Vaccination Hyderabad 1872-1889 - 1872-1889
Year: 1872
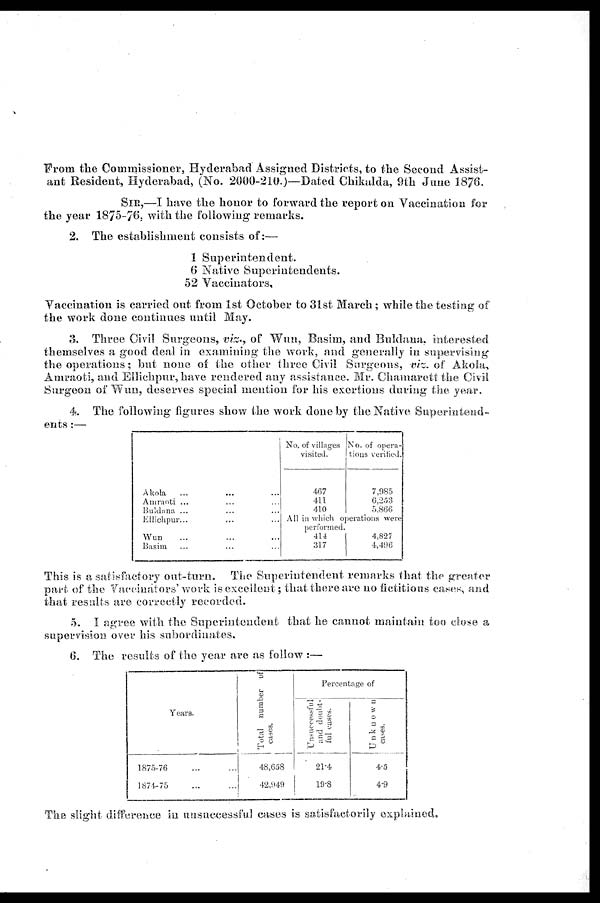
From the Commissioner, Hyderabad Assigned Districts, to the Second Assist-
ant Resident, Hyderabad, (No. 2000-210.)—Dated Chikalda, 9th June 1876.
SIR,—I have the honor to forward the report on Vaccination for
the year 1875-76, with the following remarks.
2. The establishment consists of:—
1 Superintendent.
6 Native Superintendents.
52 Vaccinators,
Vaccination is carried out from 1st October to 31st March; while the testing of
the work done continues until May.
3. Three Civil Surgeons, viz., of Wun, Basim, and Buldana, interested
themselves a good deal in examining the work, and generally in supervising
the operations; but none of the other three Civil Surgeons, viz. of Akola,
Amraoti, and Ellichpur, have rendered any assistance. Mr. Chamarett the Civil
Surgeon of Wun, deserves special mention for his exertions during the year.
4. The following figures show the work done by the Native Superintend-
ents :—
Akola ... ... ...
Amraoti ... ... ...
Buldana ... ... ...
Ellichpur...
... ...
Wun ... ... ...
Basim ... ... ...
No. of villages
visited.
467
411
410
No. of opera-
tions verified.
7,985
6,253
5,866
All in which operations were
performed.
414
317
4,827
4,496
This is a satisfactory out-turn. The Superintendent remarks that the greater
part of the Vaccinators' work is excellent; that there are no fictitious cases, and
that results are correctly recorded.
5. I agree with the Superintendent that he cannot maintain too close a
supervision over his subordinates.
6. The results of the year are as follow :—
Years.
1875-76 ... ...
1874-75 ... ...
Total number of
cases.
48,658
42,949
Percentage of
Unsuccessful
and doubt-
ful cases.
21.4
19.8
Unknown
cases.
4.5
4.9
The slight difference in unsuccessful cases is satisfactorily explained.